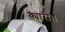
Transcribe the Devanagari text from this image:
क्यारी।।